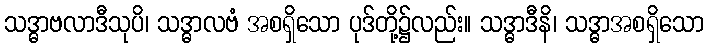
သဒ္ဓာဗလာဒီသုပိ၊ သဒ္ဓာလဗံ အစရှိသော ပုဒ်တို့၌လည်း။ သဒ္ဓာဒီနိ၊ သဒ္ဓာအစရှိသော